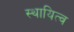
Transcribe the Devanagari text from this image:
स्थायित्‍व